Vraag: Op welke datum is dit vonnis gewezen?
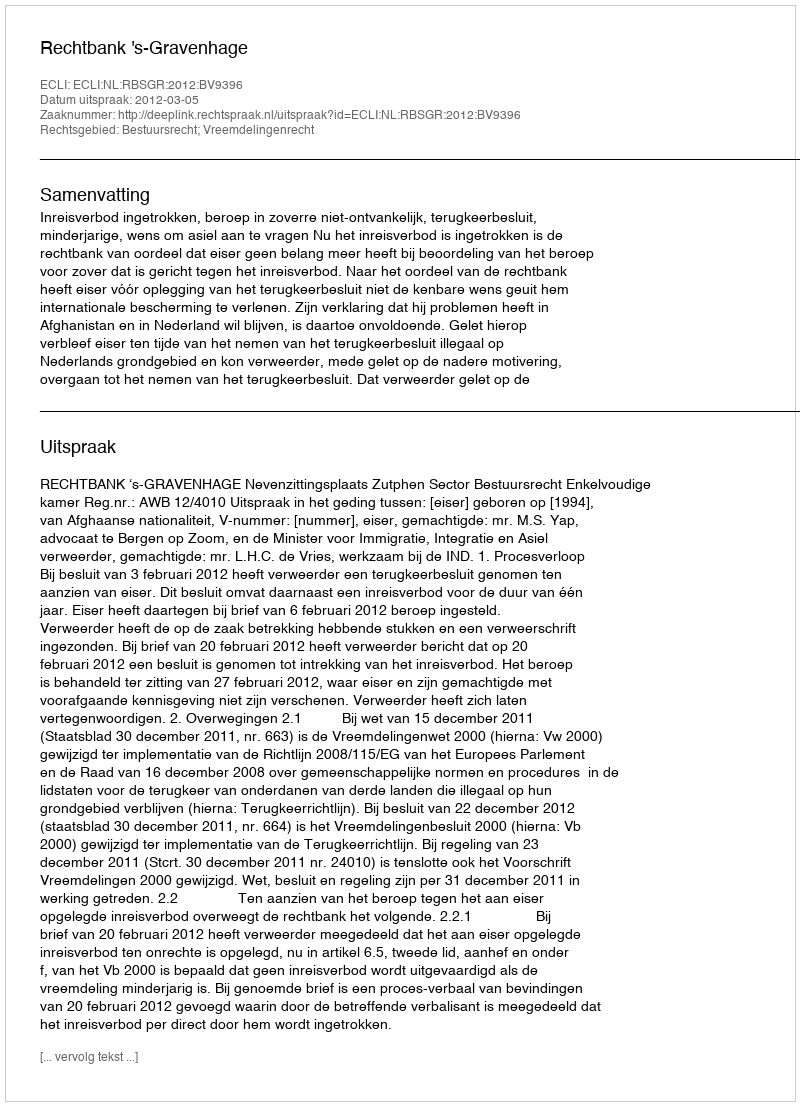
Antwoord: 2012-03-05